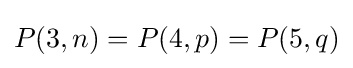
P(3,n)=P(4,p)=P(5,q)